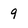
Character: 9